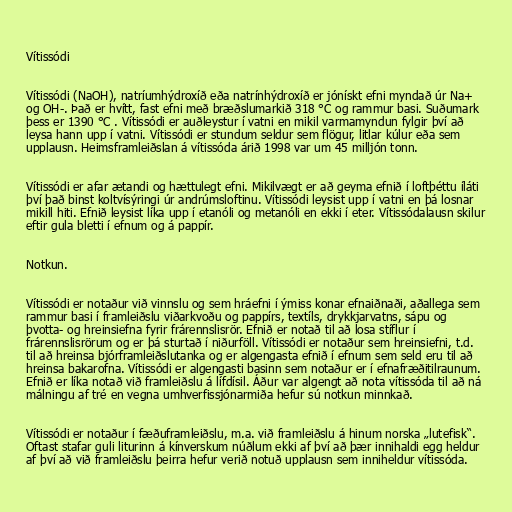
Vítissódi

Vítissódi (NaOH), natríumhýdroxíð eða natrínhýdroxíð er jónískt efni myndað úr Na+
og OH-. Það er hvítt, fast efni með bræðslumarkið 318 °C og rammur basi. Suðumark
þess er 1390 °C . Vítissódi er auðleystur í vatni en mikil varmamyndun fylgir því að
leysa hann upp í vatni. Vítissódi er stundum seldur sem flögur, litlar kúlur eða sem
upplausn. Heimsframleiðslan á vítissóda árið 1998 var um 45 milljón tonn.

Vítissódi er afar ætandi og hættulegt efni. Mikilvægt er að geyma efnið í loftþéttu íláti
því það binst koltvísýringi úr andrúmsloftinu. Vítissódi leysist upp í vatni en þá losnar
mikill hiti. Efnið leysist líka upp í etanóli og metanóli en ekki í eter. Vítissódalausn skilur
eftir gula bletti í efnum og á pappír.

Notkun.

Vítissódi er notaður við vinnslu og sem hráefni í ýmiss konar efnaiðnaði, aðallega sem
rammur basi í framleiðslu viðarkvoðu og pappírs, textíls, drykkjarvatns, sápu og
þvotta- og hreinsiefna fyrir frárennslisrör. Efnið er notað til að losa stíflur í
frárennslisrörum og er þá sturtað í niðurföll. Vítissódi er notaður sem hreinsiefni, t.d.
til að hreinsa bjórframleiðslutanka og er algengasta efnið í efnum sem seld eru til að
hreinsa bakarofna. Vítissódi er algengasti basinn sem notaður er í efnafræðitilraunum.
Efnið er líka notað við framleiðslu á lífdísil. Áður var algengt að nota vítissóda til að ná
málningu af tré en vegna umhverfissjónarmiða hefur sú notkun minnkað.

Vítissódi er notaður í fæðuframleiðslu, m.a. við framleiðslu á hinum norska „lutefisk“.
Oftast stafar guli liturinn á kínverskum núðlum ekki af því að þær innihaldi egg heldur
af því að við framleiðslu þeirra hefur verið notuð upplausn sem inniheldur vítissóda.